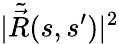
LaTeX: |\tilde{\vec{R}}(s,s^{\prime})|^{2}